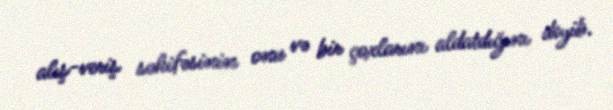
alış-veriş səhifəsinin onu və bir çoxlarını aldatdığını deyib.